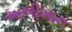
અભીમાન